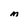
Character: M